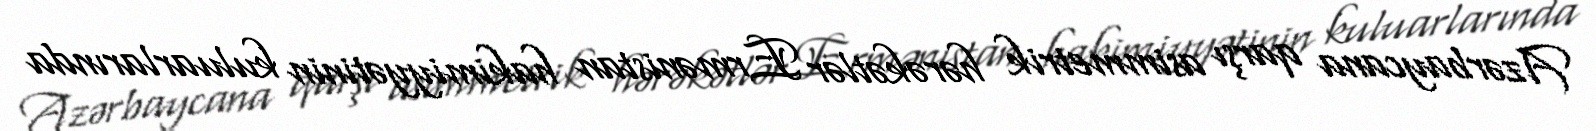
Azərbaycana qarşı asimmetrik hərəkətlər Ermənistan hakimiyyətinin kuluarlarında